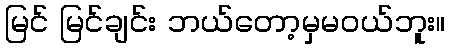
မြင် မြင်ချင်း ဘယ်တော့မှမဝယ်ဘူး။